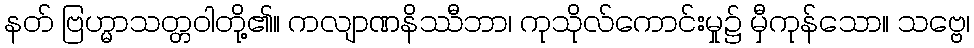
နတ် ဗြဟ္မာသတ္တဝါတို့၏။ ကလျာဏနိဿီဘာ၊ ကုသိုလ်ကောင်းမှု၌ မှီကုန်သော။ သဗ္ဗေ၊